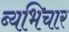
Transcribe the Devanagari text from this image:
ब्यभिचार